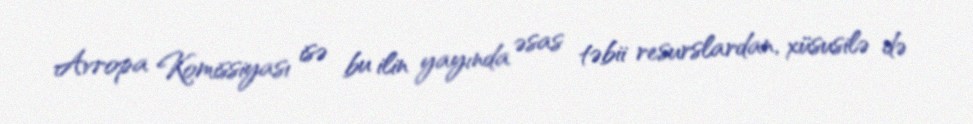
Avropa Komissiyası isə bu ilin yayında əsas təbii resurslardan, xüsusilə də